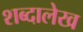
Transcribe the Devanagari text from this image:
शब्दालेख